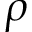
\rho